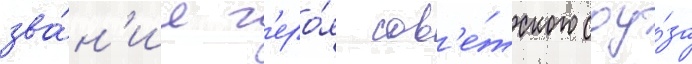
зва́н'ие г'еро́я сов'е́тского соу́за